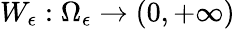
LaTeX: W_{\epsilon}:\Omega_{\epsilon}\to(0,+\infty)